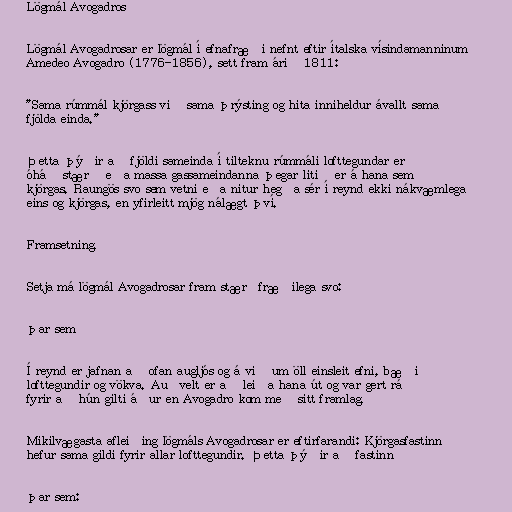
Lögmál Avogadros

Lögmál Avogadrosar er lögmál í efnafræði nefnt eftir ítalska vísindamanninum
Amedeo Avogadro (1776-1856), sett fram árið 1811:

"Sama rúmmál kjörgass við sama þrýsting og hita inniheldur ávallt sama
fjölda einda."

Þetta þýðir að fjöldi sameinda í tilteknu rúmmáli lofttegundar er
óháð stærð eða massa gassameindanna þegar litið er á hana sem
kjörgas. Raungös svo sem vetni eða nitur hegða sér í reynd ekki nákvæmlega
eins og kjörgas, en yfirleitt mjög nálægt því.

Framsetning.

Setja má lögmál Avogadrosar fram stærðfræðilega svo:

þar sem

Í reynd er jafnan að ofan augljós og á við um öll einsleit efni, bæði
lofttegundir og vökva. Auðvelt er að leiða hana út og var gert ráð
fyrir að hún gilti áður en Avogadro kom með sitt framlag.

Mikilvægasta afleiðing lögmáls Avogadrosar er eftirfarandi: Kjörgasfastinn
hefur sama gildi fyrir allar lofttegundir. Þetta þýðir að fastinn

þar sem: